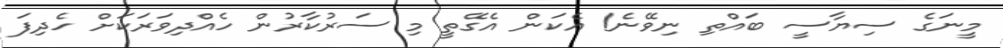
މީނަގެ ސިޔާސީ ބައްތި ނިވޭނެ! އެކަން އެގޭތީ މި ސަރުކާރުން ހެއްދިވަރަކަށް ހެދިފަ